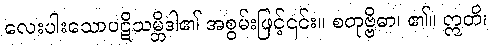
လေးပါးသောပဋိသမ္ဘိဒါ၏ အစွမ်းဖြင့်၎င်း။ စတုဗ္ဗိဓာ၊ ၏။ ဣတိ၊